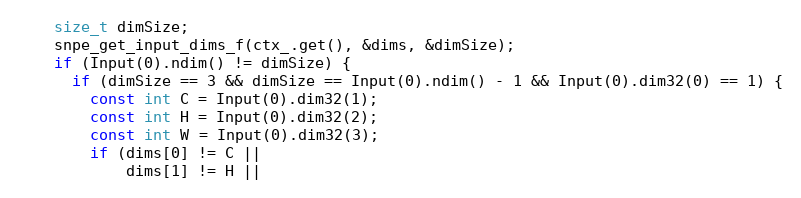
Language: C++
    size_t dimSize;
    snpe_get_input_dims_f(ctx_.get(), &dims, &dimSize);
    if (Input(0).ndim() != dimSize) {
      if (dimSize == 3 && dimSize == Input(0).ndim() - 1 && Input(0).dim32(0) == 1) {
        const int C = Input(0).dim32(1);
        const int H = Input(0).dim32(2);
        const int W = Input(0).dim32(3);
        if (dims[0] != C ||
            dims[1] != H ||